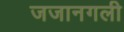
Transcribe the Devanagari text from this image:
जजानगली